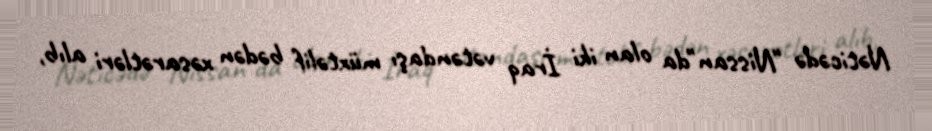
Nəticədə "Nissan"da olan iki İraq vətəndaşı müxtəlif bədən xəsarətləri alıb,